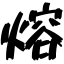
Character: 熔